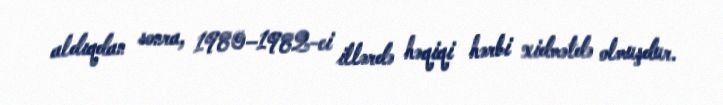
aldıqdan sonra, 1980–1982-ci illərdə həqiqi hərbi xidmətdə olmuşdur.